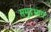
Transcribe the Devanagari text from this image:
समुद्रभाग